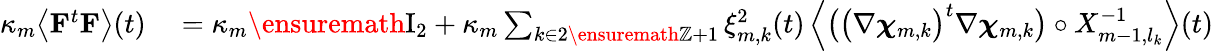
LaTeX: \begin{array}{rl}{\kappa_{m}\bigl\langle\mathbf{F}^{t}\mathbf{F}\bigr\rangle(t)}&{{}=\kappa_{m}\ensuremath{\mathrm{I}_{2}}+\kappa_{m}\sum_{k\in 2\ensuremath{\mathbb{Z}}+1}\xi_{m,k}^{2}(t)\, \Bigl\langle\bigl(\bigl(\nabla{\boldsymbol{\chi}}_{m,k}\bigr)^{t}\nabla{\boldsymbol{\chi}}_{m,k}\bigr)\circ X_{m-1,l_{k}}^{-1}\Bigr\rangle(t)}\end{array}